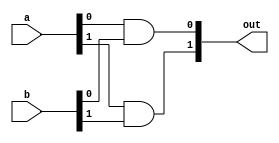
module and_2_bit(out, a, b);
input [1:0] a, b;
output [1:0] out;

and f(out[0], a[0], b[0]),
    s(out[1], a[1], b[1]);
endmodule

module and_4_bit(out, a, b);
input [3:0] a, b;
output [3:0] out;

and_2_bit f(out[1:0], a[1:0], b[1:0]),
          s(out[3:2], a[3:2], b[3:2]);
endmodule

module and_8_bit(out, a, b);
input [7:0] a, b;
output [7:0] out;

and_4_bit f(out[3:0], a[3:0], b[3:0]),
          s(out[7:4], a[7:4], b[7:4]);
endmodule

module and_16_bit(out, a, b);
input [15:0] a, b;
output [15:0] out;

and_8_bit f(out[7:0], a[7:0], b[7:0]),
          s(out[15:8], a[15:8], b[15:8]);
endmodule

module and_32_bit(out, a, b);
input [31:0] a, b;
output [31:0] out;

and_16_bit f(out[15:0], a[15:0], b[15:0]),
          s(out[31:16], a[31:16], b[31:16]);
endmodule